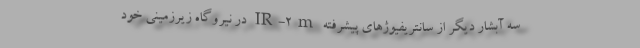
سه آبشار دیگر از سانتریفیوژهای پیشرفته IR-۲m در نیروگاه زیرزمینی خود